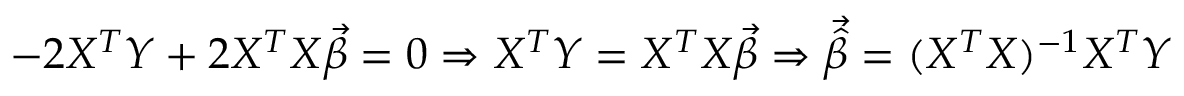
- 2 X ^ { T } Y + 2 X ^ { T } X { \vec { \beta } } = 0 \Rightarrow X ^ { T } Y = X ^ { T } X { \vec { \beta } } \Rightarrow { \vec { \hat { \beta } } } = ( X ^ { T } X ) ^ { - 1 } X ^ { T } Y